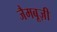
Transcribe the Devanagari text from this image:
जैमबूज़ी